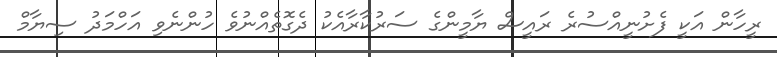
ރީހާން އަކީ ފެށުނީއްސުރެ ރައީސް ޔާމީންގެ ސަރުކާރާއެކު ދެގޮތެއްނުވެ ހުންނެވި އަހްމަދު ސިޔާމް